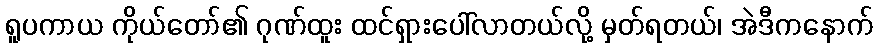
ရူပကာယ ကိုယ်တော်၏ ဂုဏ်ထူး ထင်ရှားပေါ်လာတယ်လို့ မှတ်ရတယ်၊ အဲဒီကနောက်